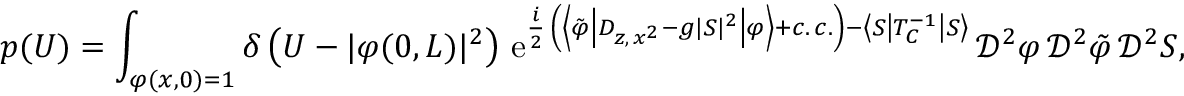
p ( U ) = \int _ { \varphi ( x , 0 ) = 1 } \delta \left( U - \vert \varphi ( 0 , L ) \vert ^ { 2 } \right) \, \mathrm { e } ^ { \frac { i } { 2 } \, \left( \left\langle \tilde { \varphi } \left\vert D _ { z , \, x ^ { 2 } } - g \vert S \vert ^ { 2 } \right\vert \varphi \right\rangle + c . \, c . \right) - \left\langle S \left\vert T _ { C } ^ { - 1 } \right\vert S \right\rangle } \, \mathscr { D } ^ { 2 } \varphi \, \mathscr { D } ^ { 2 } \tilde { \varphi } \, \mathscr { D } ^ { 2 } S ,